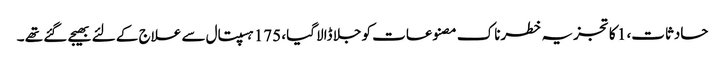
حادثات، 1 کا تجزیہ خطرناک مصنوعات کو جلا ڈالا گیا، 175 ہسپتال سے علاج کے لئے بھیجے گئے تھے ۔